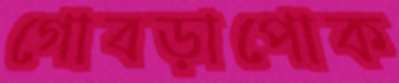
গোবড়াপোক